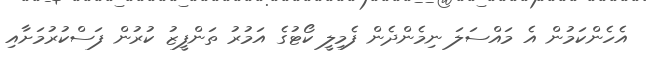
އެހެންކަމުން އެ މައްސަލަ ނިމެންދެން ފެމިލީ ކޯޓުގެ އަމުރު ތަންފީޒު ކުރުން ފަސްކުރުމަށާއި